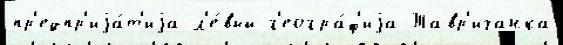
пр'едпр'иjа́т'иjа л'е́вый г'еогра́ф'иjа Тавр'ичанка